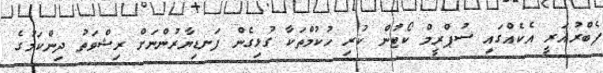
ފެބްރުއަރީ އެކެއްގައި ސުޕްރީމް ކޯޓުން ކުރި ހުކުމްތަކާ ގުޅިގެން ފަނޑިޔާރުންނަށް ރިޝްވަތު ދިންކަމުގެ